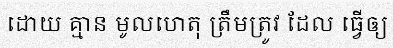
ដោយ គ្មាន មូលហេតុ ត្រឹមត្រូវ ដែល ធ្វើឲ្យ